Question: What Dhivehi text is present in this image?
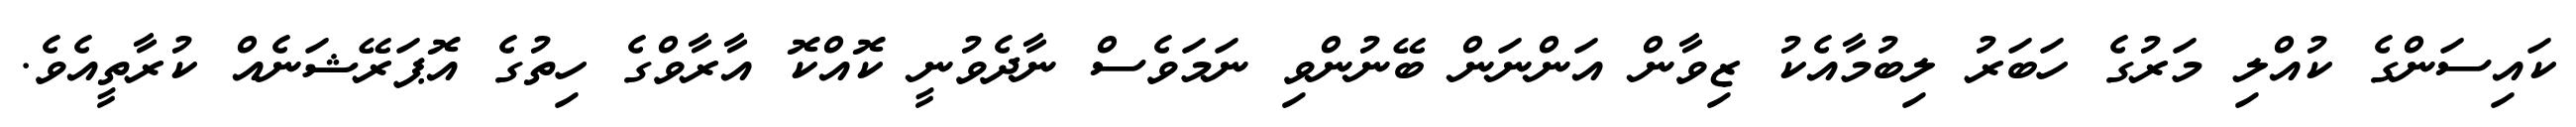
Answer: ކައިސަންގެ ކުއްލި މަރުގެ ހަބަރު ލިބުމާއެކު ޒިވާން އަންނަން ބޭނުންވި ނަމަވެސް ނާދެވުނީ ކޮއްކޮ އާރާވްގެ ހިތުގެ އޮޕަރޭޝަނެއް ކުރާތީއެވެ.